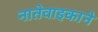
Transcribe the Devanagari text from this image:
नातेवाइकाने